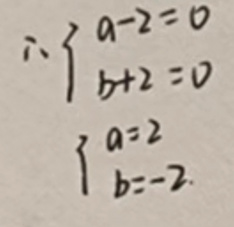
\begin{align*}
&\therefore \begin{cases}
a - 2 = 0\\
b + 2 = 0
\end{cases}\\
&\begin{cases}
a = 2\\
b = -2
\end{cases}
\end{align*}